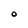
Character: O